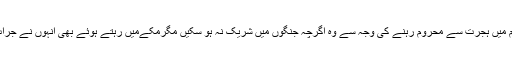
مکے میں ہونے اور ابتدائی ایام میں ہجرت سے محروم رہنے کی وجہ سے وہ اگرچہ جنگوں میں شریک نہ ہو سکیں مگرمکےمیں رہتے ہوئے بھی انہوں نے جرات کے کارنامے سرانجام دیے۔